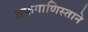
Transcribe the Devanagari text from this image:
अफगाणिस्ताने